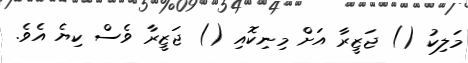
މަލިކު () ޖަޒީރާ އަށް މިނިކޮއި () ޖަޒީރާ ވެސް ކިޔެ އެވެ.